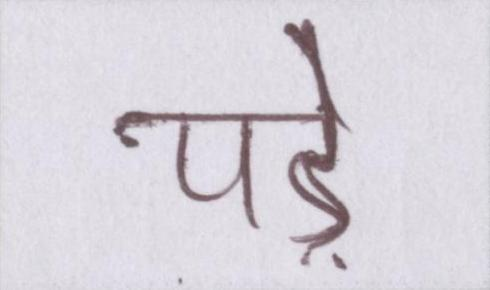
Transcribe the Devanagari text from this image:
पड़े